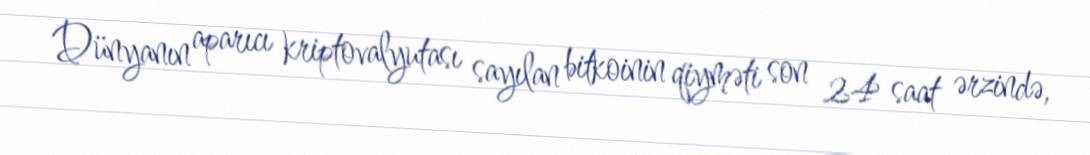
Dünyanın aparıcı kriptovalyutası sayılan bitkoinin qiyməti son 24 saat ərzində,